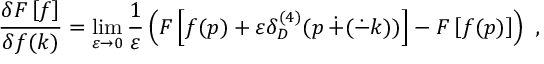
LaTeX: \frac { \delta F \left[ f \right] } { \delta f ( k ) } = \operatorname * { l i m } _ { \varepsilon \rightarrow 0 } \frac { 1 } { \varepsilon } \left( F \left[ f ( p ) + \varepsilon \delta _ { D } ^ { ( 4 ) } ( p \, \dot { + } ( \dot { - } k ) ) \right] - F \left[ f ( p ) \right] \right) ~ ,